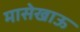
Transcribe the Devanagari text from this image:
मासेखाऊ